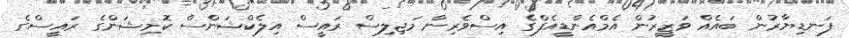
ފަނޑިޔާރުން ބައެއް ވަޒީރުން އެމްއެންޑީއެފްގެ އިސްވެރިން މަޖިލިސް ރައީސް އިލެކްޝަންސް ކޮމިޝަންގެ ރައީސްގެ